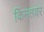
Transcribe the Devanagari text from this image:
किंमतवर